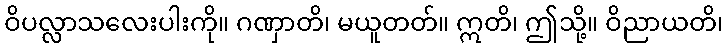
ဝိပလ္လာသလေးပါးကို။ ဂဏှာတိ၊ မယူတတ်။ ဣတိ၊ ဤသို့။ ဝိညာယတိ၊